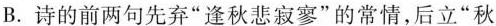
B.诗的前两句先弃”逢秋悲寂寥”的常情，后立”秋